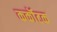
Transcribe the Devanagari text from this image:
कर्कॊटक